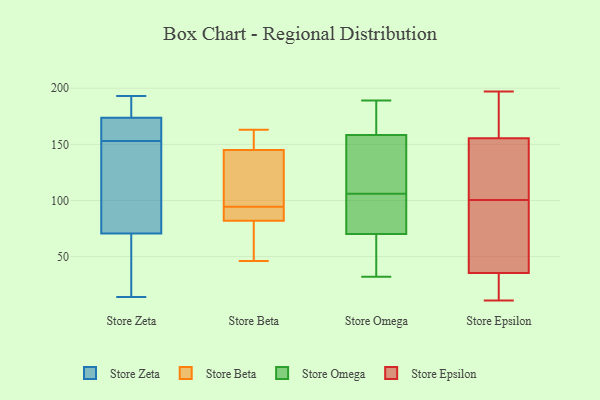
{"axis": {"x": "Inventory Turnover", "y": "Value"}, "legend": ["Store Beta", "Store Epsilon", "Store Omega", "Store Zeta"], "data": [{"x": "", "y": 14, "type": "Store Zeta"}, {"x": "", "y": 169, "type": "Store Zeta"}, {"x": "", "y": 153, "type": "Store Zeta"}, {"x": "", "y": 106, "type": "Store Zeta"}, {"x": "", "y": 81, "type": "Store Zeta"}, {"x": "", "y": 35, "type": "Store Zeta"}, {"x": "", "y": 39, "type": "Store Zeta"}, {"x": "", "y": 190, "type": "Store Zeta"}, {"x": "", "y": 188, "type": "Store Zeta"}, {"x": "", "y": 167, "type": "Store Zeta"}, {"x": "", "y": 164, "type": "Store Zeta"}, {"x": "", "y": 193, "type": "Store Zeta"}, {"x": "", "y": 102, "type": "Store Zeta"}, {"x": "", "y": 157, "type": "Store Beta"}, {"x": "", "y": 108, "type": "Store Beta"}, {"x": "", "y": 145, "type": "Store Beta"}, {"x": "", "y": 163, "type": "Store Beta"}, {"x": "", "y": 89, "type": "Store Beta"}, {"x": "", "y": 84, "type": "Store Beta"}, {"x": "", "y": 100, "type": "Store Beta"}, {"x": "", "y": 66, "type": "Store Beta"}, {"x": "", "y": 82, "type": "Store Beta"}, {"x": "", "y": 46, "type": "Store Beta"}, {"x": "", "y": 70, "type": "Store Omega"}, {"x": "", "y": 70, "type": "Store Omega"}, {"x": "", "y": 71, "type": "Store Omega"}, {"x": "", "y": 178, "type": "Store Omega"}, {"x": "", "y": 160, "type": "Store Omega"}, {"x": "", "y": 143, "type": "Store Omega"}, {"x": "", "y": 106, "type": "Store Omega"}, {"x": "", "y": 32, "type": "Store Omega"}, {"x": "", "y": 88, "type": "Store Omega"}, {"x": "", "y": 189, "type": "Store Omega"}, {"x": "", "y": 153, "type": "Store Omega"}, {"x": "", "y": 36, "type": "Store Epsilon"}, {"x": "", "y": 81, "type": "Store Epsilon"}, {"x": "", "y": 109, "type": "Store Epsilon"}, {"x": "", "y": 197, "type": "Store Epsilon"}, {"x": "", "y": 134, "type": "Store Epsilon"}, {"x": "", "y": 116, "type": "Store Epsilon"}, {"x": "", "y": 35, "type": "Store Epsilon"}, {"x": "", "y": 40, "type": "Store Epsilon"}, {"x": "", "y": 11, "type": "Store Epsilon"}, {"x": "", "y": 26, "type": "Store Epsilon"}, {"x": "", "y": 34, "type": "Store Epsilon"}, {"x": "", "y": 50, "type": "Store Epsilon"}, {"x": "", "y": 18, "type": "Store Epsilon"}, {"x": "", "y": 92, "type": "Store Epsilon"}, {"x": "", "y": 186, "type": "Store Epsilon"}, {"x": "", "y": 155, "type": "Store Epsilon"}, {"x": "", "y": 194, "type": "Store Epsilon"}, {"x": "", "y": 170, "type": "Store Epsilon"}, {"x": "", "y": 156, "type": "Store Epsilon"}, {"x": "", "y": 153, "type": "Store Epsilon"}]}